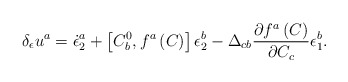
\begin{align*}\delta _\epsilon u^a=\dot \epsilon _2^a+\left[ C_b^0,f^a\left(C\right) \right] \epsilon _2^b-\Delta _{cb}\frac{\partial f^a\left( C\right)}{\partial C_c}\epsilon _1^b.\end{align*}